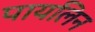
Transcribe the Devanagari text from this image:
पायलिन